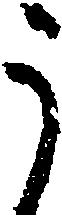
う